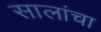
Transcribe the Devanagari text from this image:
सालांचा